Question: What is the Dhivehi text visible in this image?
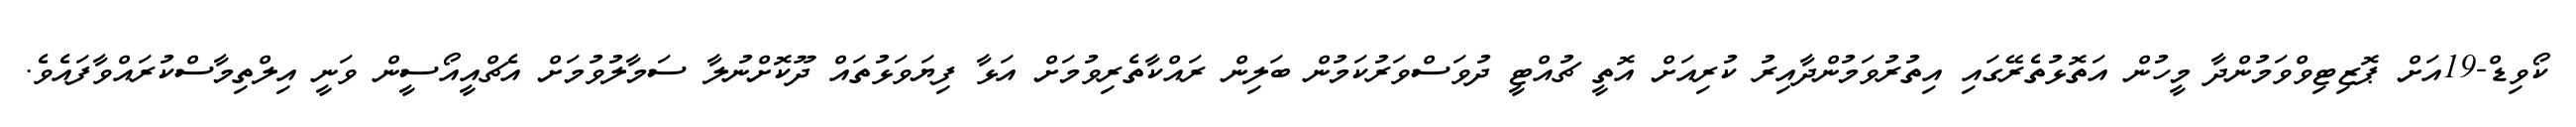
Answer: ކޯވިޑް-19އަށް ޕޮޒިޓިވްވަމުންދާ މީހުން އަތޮޅުތެރޭގައި އިތުރުވަމުންދާއިރު ކުރިއަށް އޮތީ ޗުއްޓީ ދުވަސްވަރުކަމުން ބަލިން ރައްކާތެރިވުމަށް އަޅާ ފިޔަވަޅުތައް ދޫކޮށްނުލާ ސަމާލުވުމަށް އެޗްއީއޯސީން ވަނީ އިލްތިމާސްކުރައްވާފައެވެ.